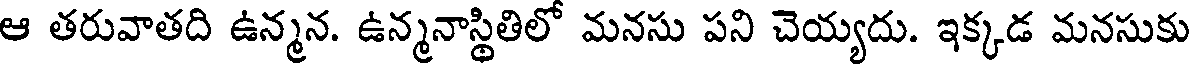
ఆ తరువాతది ఉన్మన. ఉన్మనాస్థితిలో మనసు పని చెయ్యదు. ఇక్కడ మనసుకు